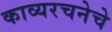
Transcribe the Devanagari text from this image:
काव्यरचनेचे